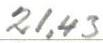
21,43